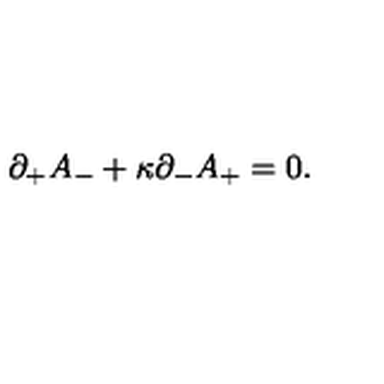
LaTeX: \partial _ { + } A _ { - } + \kappa \partial _ { - } A _ { + } = 0 .